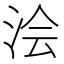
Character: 浍